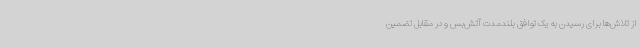
از تلاش‌ها برای رسیدن به یک توافق بلندمدت آتش‌بس و در مقابل تضمین